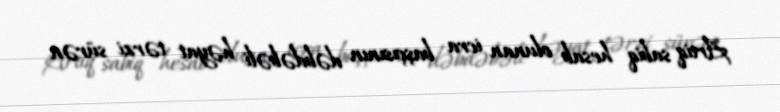
Artiq sabiq hesab olunan icra başçısının dəbdəbəli həyat tərzi sürən